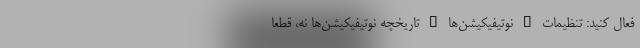
فعال کنید: تنظیمات > نوتیفیکیشن‌ها > تاریخچه نوتیفیکیشن‌ها نه، قطعا